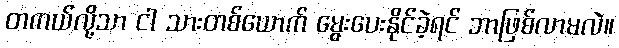
တကယ်လို့သာ ငါ သားတစ်ယောက် မွေးပေးနိုင်ခဲ့ရင် ဘာဖြစ်လာမလဲ။